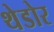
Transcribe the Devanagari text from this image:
थेडोर